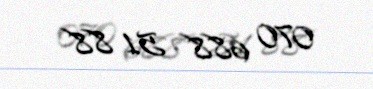
070 688 51 88